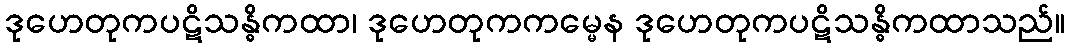
ဒုဟေတုကပဋိသန္ဓိကထာ၊ ဒုဟေတုကကမ္မေန ဒုဟေတုကပဋိသန္ဓိကထာသည်။